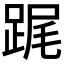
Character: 𨁱